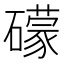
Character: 礞